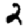
Digit: 2